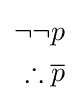
{\begin{aligned}{\neg \neg p}\\\therefore {\overline {p}}\\\end{aligned}}